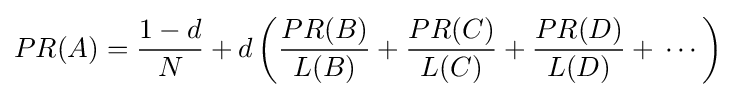
PR(A)={1-d \over N}+d\left({\frac {PR(B)}{L(B)}}+{\frac {PR(C)}{L(C)}}+{\frac {PR(D)}{L(D)}}+\,\cdots \right)